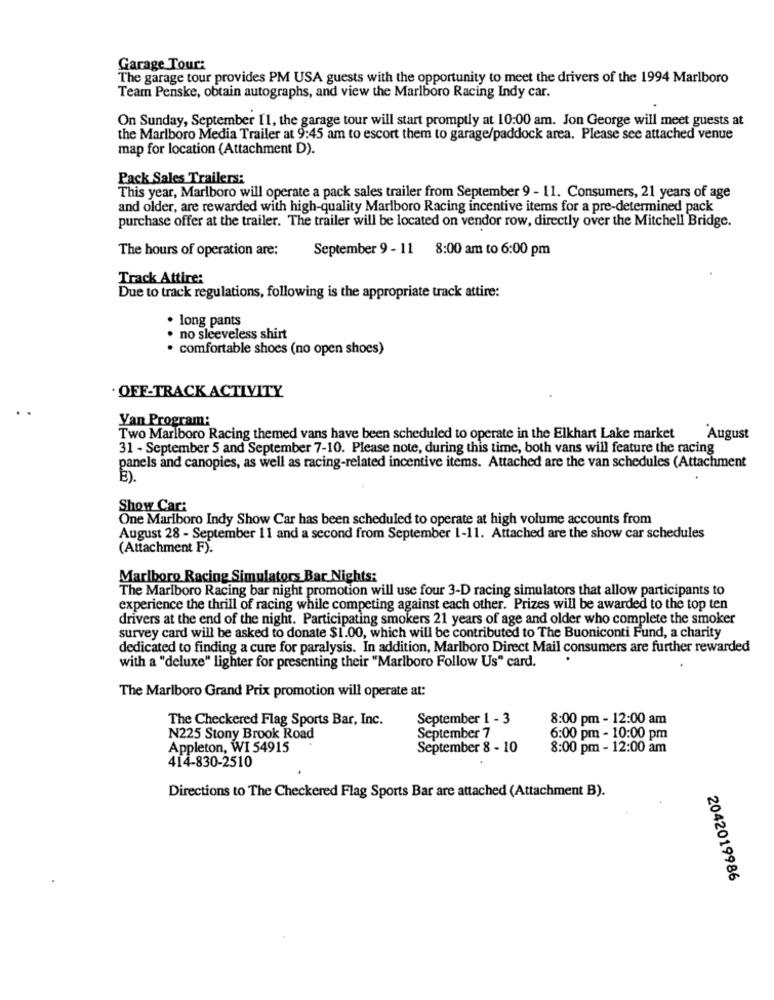
Garage Tour:
The garage tour provides PM USA guests with the opportunity to meet the drivers of the 1994 Marlboro
Team Penske, obtain autographs, and view the Marlboro Racing Indy car.
On Sunday, September 11, the garage tour will start promptly at 10:00 am. Jon George will meet guests at
the Marlboro Media Trailer at 9:45 am to escort them to garage/paddock area. Please see attached venue
map for location (Attachment D).
Pack Sales Trailers:
This year, Marlboro will operate a pack sales trailer from September 9 - 11. Consumers, 21 years of age
and older, are rewarded with high-quality Marlboro Racing incentive items for a pre-determined pack
purchase offer at the trailer. The trailer will be located on vendor row, directly over the Mitchell Bridge.
The hours of operation are:
September 9 - 11 8:00 am to 6:00 pm
Track Attire:
Due to track regulations, following is the appropriate track attire:
long pants
· no sleeveless shirt
. comfortable shoes (no open shoes)
· OFF-TRACK ACTIVITY
Yan Program:
Two Marlboro Racing themed vans have been scheduled to operate in the Elkhart Lake market
August
31 - September 5 and September 7-10. Please note, during this time, both vans will feature the racing
panels and canopies, as well as racing-related incentive items. Attached are the van schedules (Attachment
È).
Show Car:
One Marlboro Indy Show Car has been scheduled to operate at high volume accounts from
August 28 - September 11 and a second from September 1-11. Attached are the show car schedules
(Attachment F).
Marlboro Racing Simulators Bar Nights:
The Marlboro Racing bar night promotion will use four 3-D racing simulators that allow participants to
experience the thrill of racing while competing against each other. Prizes will be awarded to the top ten
drivers at the end of the night. Participating smokers 21 years of age and older who complete the smoker
survey card will be asked to donate $1.00, which will be contributed to The Buoniconti Fund, a charity
dedicated to finding a cure for paralysis. In addition, Marlboro Direct Mail consumers are further rewarded
with a "deluxe" lighter for presenting their "Marlboro Follow Us" card.
The Marlboro Grand Prix promotion will operate at:
The Checkered Flag Sports Bar, Inc.
September 1 - 3
8:00 pm - 12:00 am
N225 Stony Brook Road
September 7
6:00 pm - 10:00 pm
Appleton, WI 54915
September 8 - 10
8:00 pm - 12:00 am
414-830-2510
Directions to The Checkered Flag Sports Bar are attached (Attachment B).
2042019986